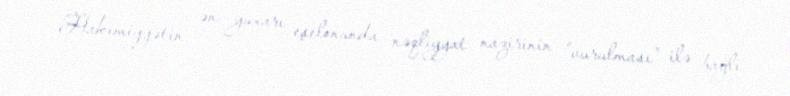
Hakimiyyətin ən yuxarı eşelonunda nəqliyyat nazirinin “vurulması” ilə bağlı